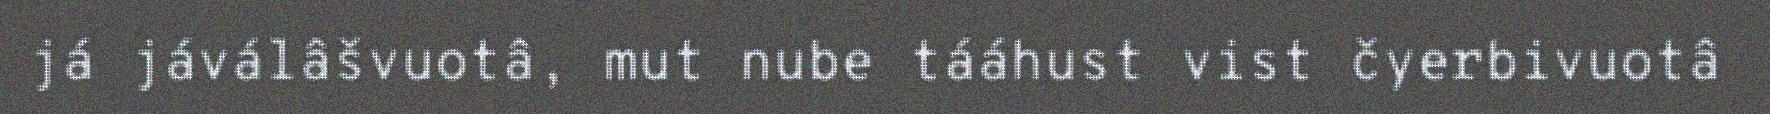
já jáválâšvuotâ, mut nube tááhust vist čyerbivuotâ